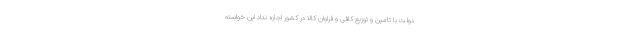
دولت با تامین و توزیع کافی و فراوان کالا در کشور اجازه نداد این خواسته